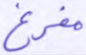
مفرغ